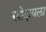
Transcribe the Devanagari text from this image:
खोदायला